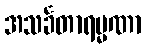
အသင်္ခတာရမ္မဏာ